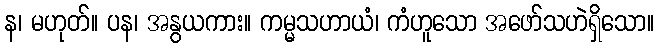
န၊ မဟုတ်။ ပန၊ အနွယကား။ ကမ္မသဟာယံ၊ ကံဟူသော အဖော်သဟဲရှိသော။